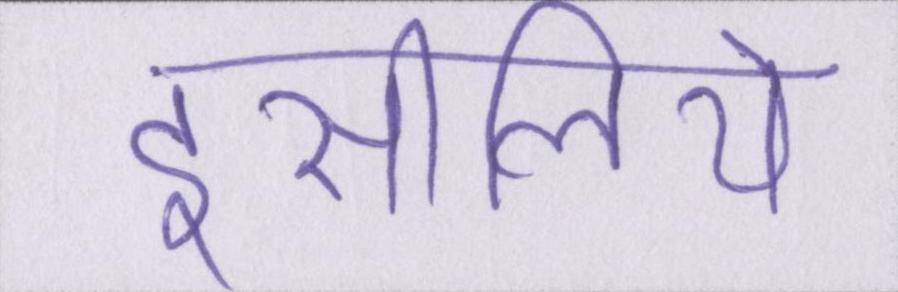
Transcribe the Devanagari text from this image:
इसीलिये